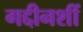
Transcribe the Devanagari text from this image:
गद्दीनशीं